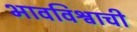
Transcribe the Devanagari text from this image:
भावविश्वाची